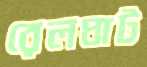
রেলঘাট